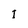
Character: I